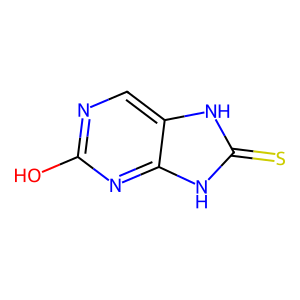
SMILES: Oc1ncc2[nH]c(=S)[nH]c2n1
Inhibits HIV replication: No